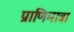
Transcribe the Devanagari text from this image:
प्राणिमात्रा